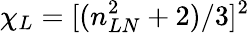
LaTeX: \chi_{L}=[(n_{LN}^{2}+2)/3]^{2}